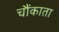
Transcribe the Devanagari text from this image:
चौंकाता